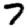
Digit: 7